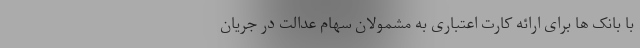
با بانک ها برای ارائه کارت اعتباری به مشمولان سهام عدالت در جریان